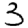
Digit: 3